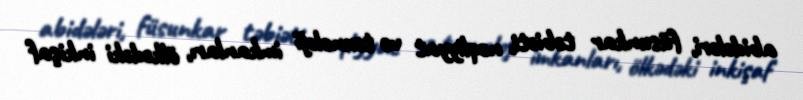
abidələri, füsunkar təbiəti, nəqliyyat və texnoloji imkanları, ölkədəki inkişaf